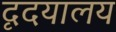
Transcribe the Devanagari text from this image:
दृदयालय